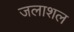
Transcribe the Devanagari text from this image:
जलाशल